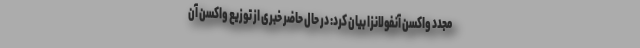
مجدد واکسن آنفولانزا بیان کرد: در حال حاضر خبری از توزیع واکسن آن